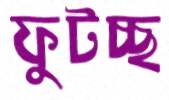
ফুটচ্ছ